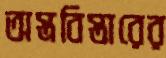
অস্ত্রবিস্তারের